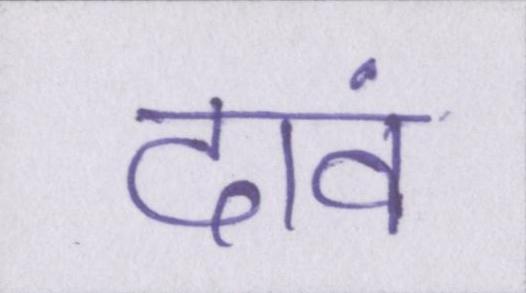
दावं